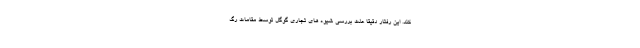
کند. این رفتار دقیقا علت بررسی شیوه های تجاری گوگل توسط مقامات رگ